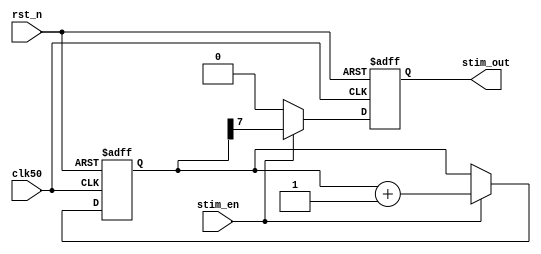
// testpulse.v
/******************************************************************************
*
* Module:       testpulse
* Description:  APES test pulse module
*
* Organization: NASA-GSFC
*
* Comments:
*   
*
* Revisions:  - Base, 09/28/2017, S. Sheikh Code 564

*                 
*
******************************************************************************/

`timescale 1 ns / 100 ps

module testpulse ( clk50, rst_n, stim_en, stim_out);


input         clk50;                   
input         rst_n;                   
input         stim_en;
output        stim_out;    // ASIC Stim out


reg [7:0]  div;

reg        stim_out;

always @(posedge clk50 or negedge rst_n) if (!rst_n) 
  begin
    div <= 8'h0;
    stim_out <= 1'b0;
  end 
  else 
  begin  
   if (stim_en)
   begin
     stim_out <= div[7];
     div <= div +1;
   end
   else
     stim_out <= 1'b0;
  end 

endmodule